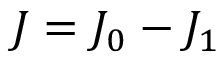
J = J _ { 0 } - J _ { 1 }